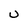
Character: U